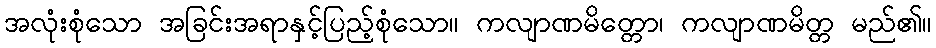
အလုံးစုံသော အခြင်းအရာနှင့်ပြည့်စုံသော။ ကလျာဏမိတ္တော၊ ကလျာဏမိတ္တ မည်၏။